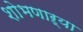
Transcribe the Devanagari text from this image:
शोभणाऱ्या